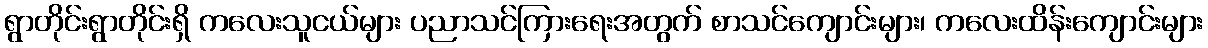
ရွာတိုင်းရွာတိုင်းရှိ ကလေးသူငယ်များ ပညာသင်ကြားရေးအတွက် စာသင်ကျောင်းများ၊ ကလေးထိန်းကျောင်းများ